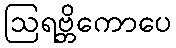
ဩရဗ္ဘိကောပေ